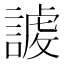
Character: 𧪤